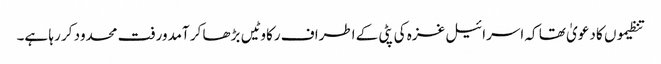
تنظیموں کا دعویٰ تھا کہ اسرائیل غزہ کی پٹی کے اطراف رکاوٹیں بڑھا کر آمدورفت محدود کر رہا ہے۔